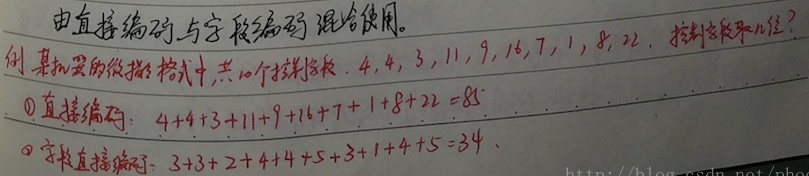
由直接编码与字段编码混合使用。例：某机器的微指令格式中，共九个控制字段，4, 4, 3, 11, 9, 16, 7, 1, 8, 22，控制字段取几位？
\begin{enumerate}
    \item 直接编码：\(4 + 4 + 3+11 + 9+16 + 7+1 + 8+22 = 84\)
    \item 字段直接编码：\(3 + 3+2 + 4+4 + 5+3 + 1+4 + 5 = 34\) 。
\end{enumerate}
http://blog.csdn.net/pheo